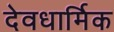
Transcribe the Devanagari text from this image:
देवधार्मिक